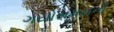
ગયોસમયની